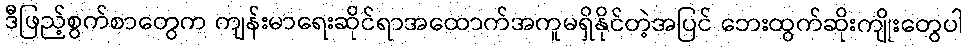
ဒီဖြည့်စွက်စာတွေက ကျန်းမာရေးဆိုင်ရာအထောက်အကူမရှိနိုင်တဲ့အပြင် ဘေးထွက်ဆိုးကျိုးတွေပါ